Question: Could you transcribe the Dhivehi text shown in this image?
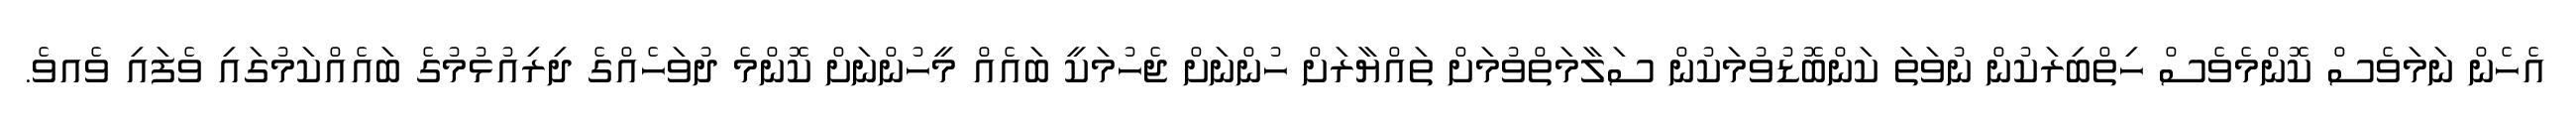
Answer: އެހެން ނަމަވެސް ކޮންމެވެސް ހިތްބިރަކުން ނުވަތަ ކަންބޮޑުވުމަކުން ސަލާމަތްވުމަށް ތައްޔާރަށް ހުންނަށް ޖެހުމަކީ ބައެއް މީހުންނަށް ކޮންމެ ދުވަހެއްގެ ދިރިއުޅުމުގެ ބައެއްކަމުގައި ވެފައި ވެއވެ.